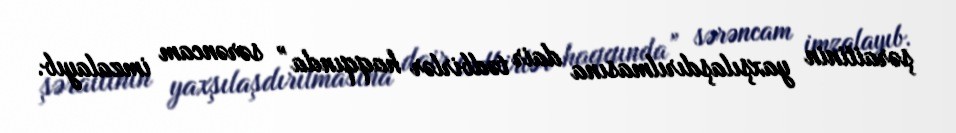
şəraitinin yaxşılaşdırılmasına dair tədbirlər haqqında” sərəncam imzalayıb.